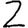
Digit: 2